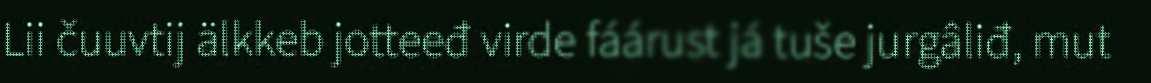
Lii čuuvtij älkkeb jotteeđ virde fáárust já tuše jurgâliđ, mut